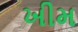
ખીમ